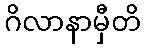
ဂိလာနာမှီတိ